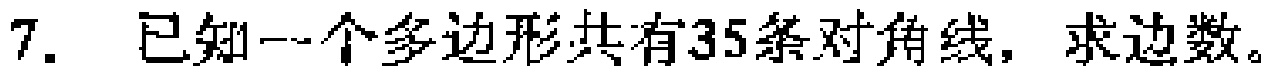
7. 已知一个多边形共有35条对角线，求边数。